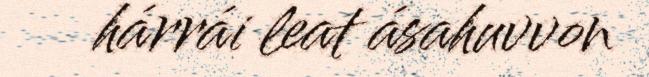
hárrái leat ásahuvvon